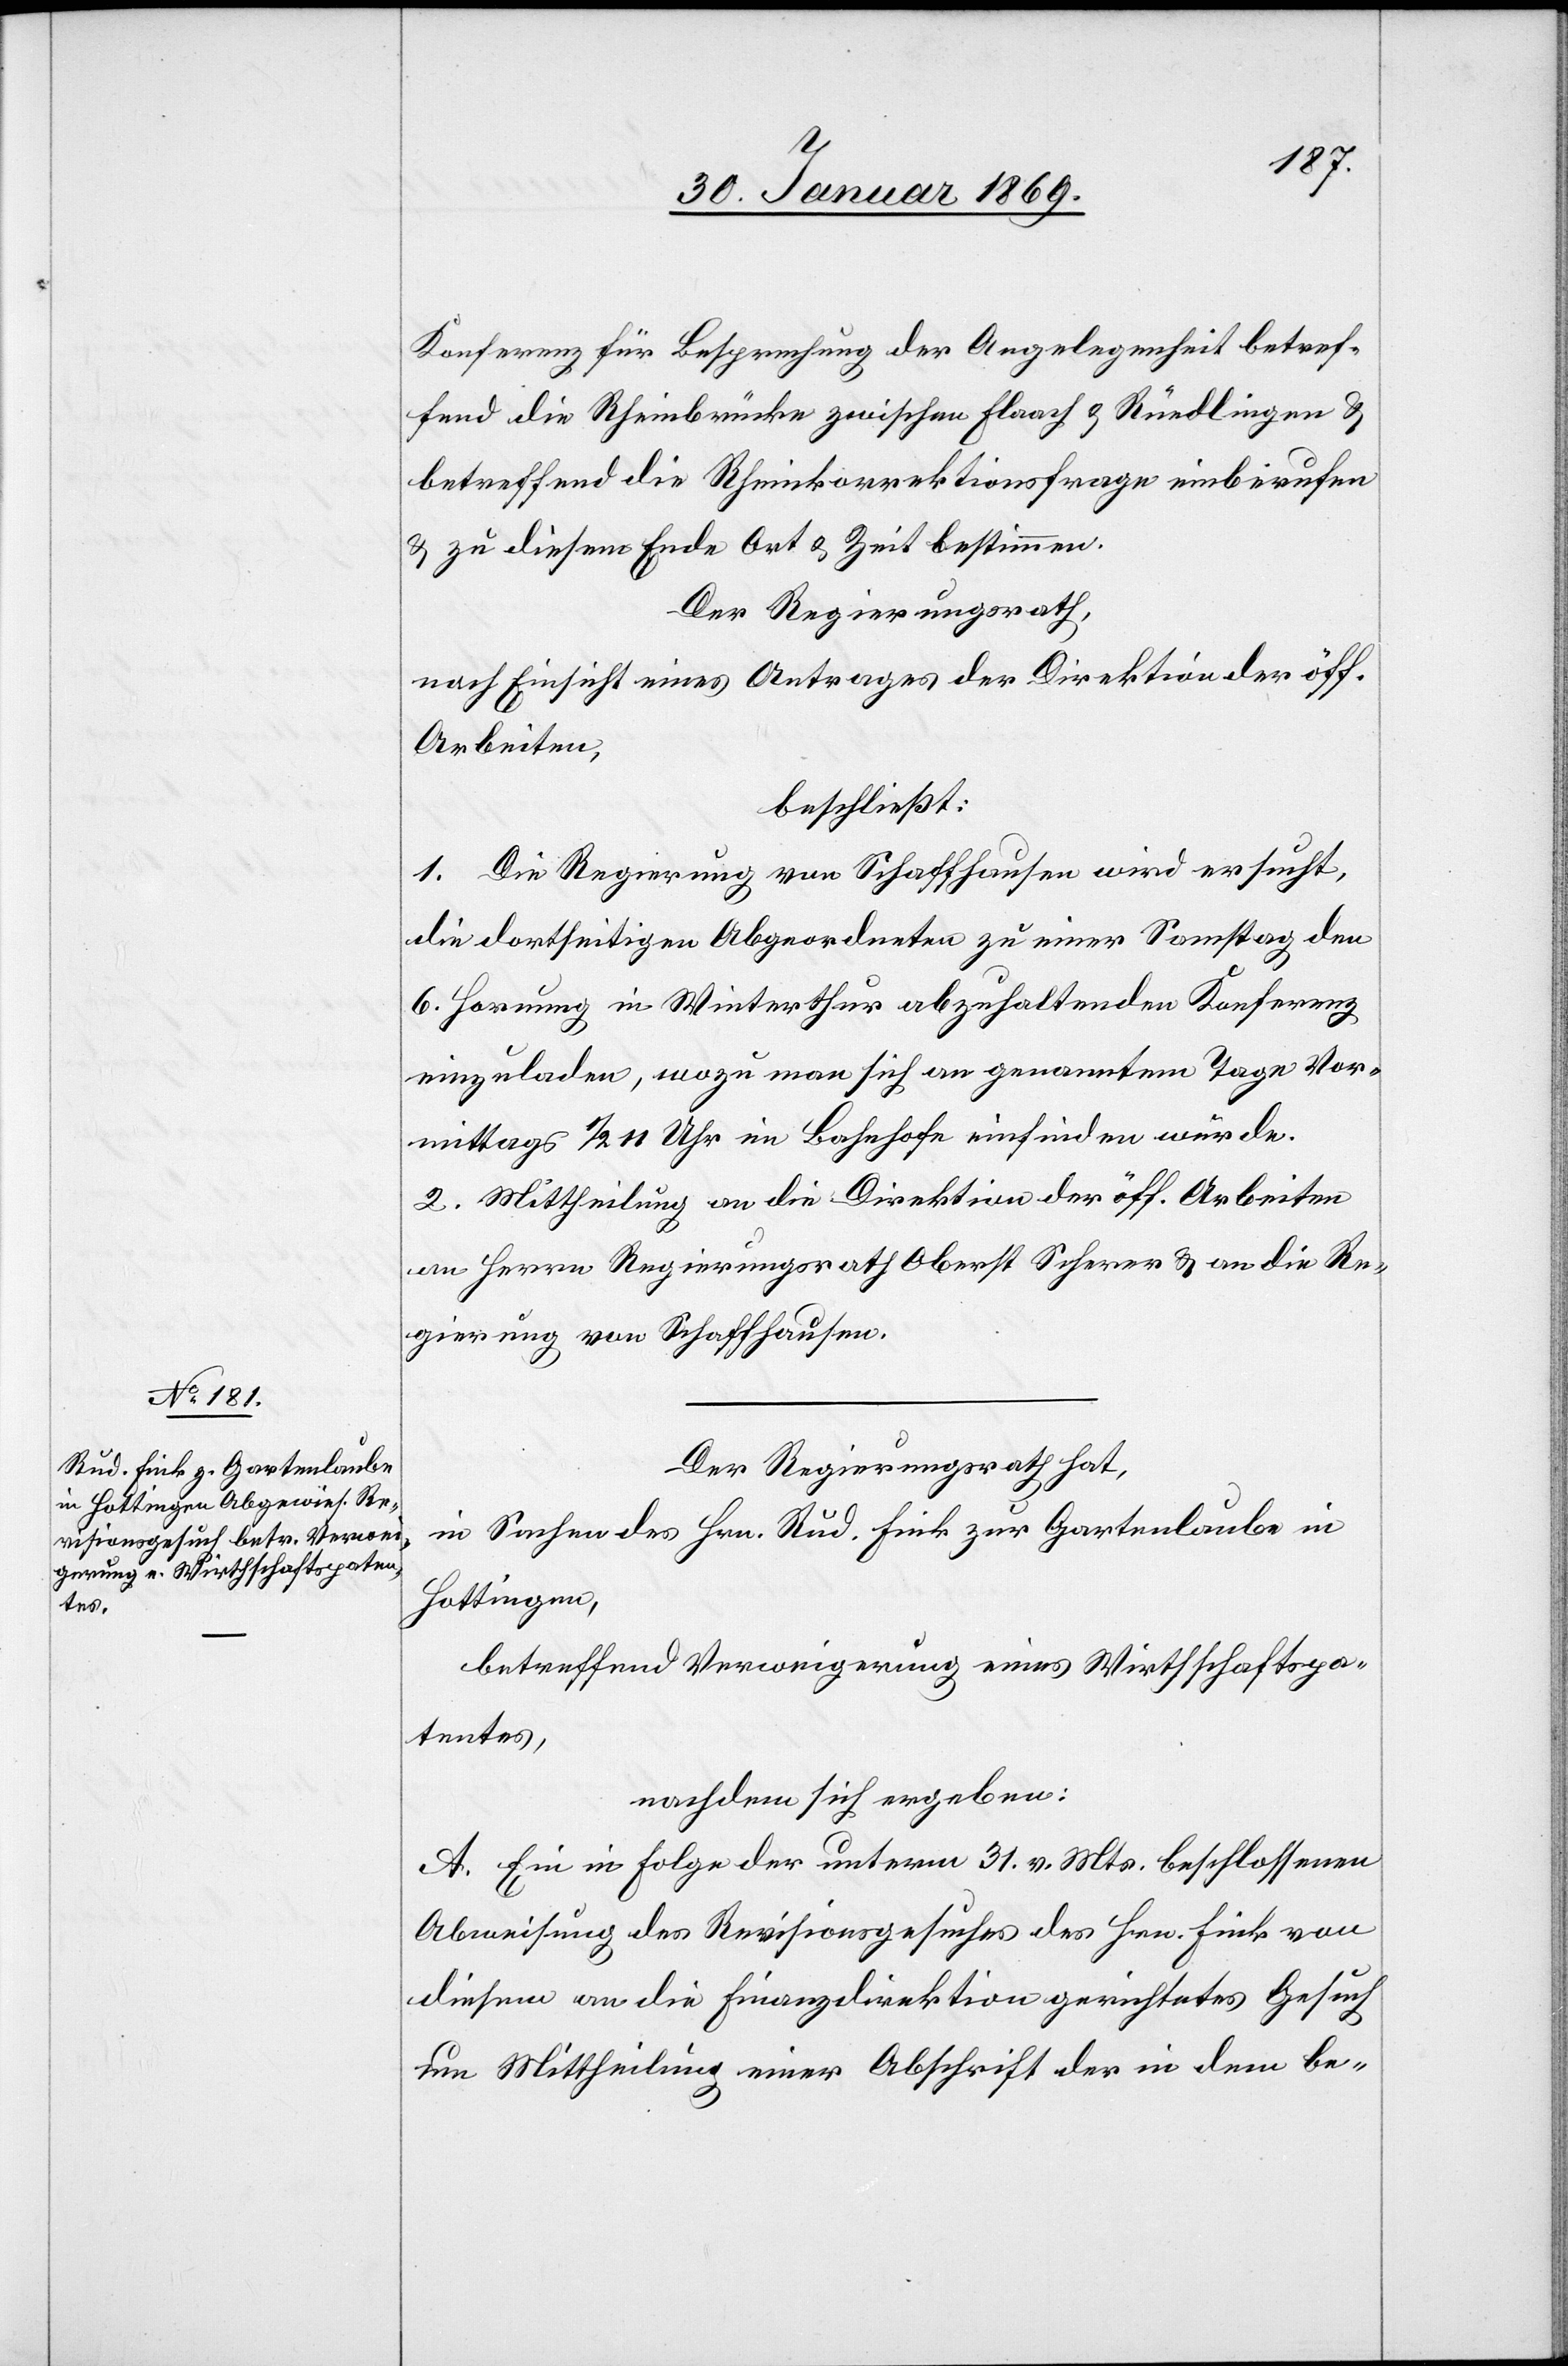
Konferenz für Besprechung der Angelegenheit betref¬
fend die Rheinbrücke zwischen Flaach u. Rüedlingen u.
betreffend die Rheinkorrektionsfrage einberufen
u. zu diesem Ende Art u. Zeit bestimmen.
Der Regierungsrath,
nach Einsicht eines Antrages der Direktion der öff.
Arbeiten,
beschließt:
1. Die Regierung von Schaffhausen wird ersucht,
die dortseitigen Abgeordneten zu einer Samstag den
6. Hornung in Winterthur abzuhaltenden Konferenz
einzuladen, wozu man sich an genanntem Tage Vor¬
mittags 1/2 11 Uhr im Bahnhofe einfinden würde.
2. Mittheilung an die Direktion der öff. Arbeiten
an Herrn Regierungsrath Oberst Scherer u. an die Re¬
gierung von Schaffhausen.
Der Regierungsrath hat,
in Sachen des Hrn. Rud. Fink zur Gartenlaube in
Hottingen,
betreffend Verweigerung eines Wirthschaftspa¬
tentes,
nachdem sich ergeben:
A. Ein in Folge der unterm 31. v. Mts. beschlossenen
Abweisung des Revisionsgesuches des Hrn. Fink von
diesem an die Finanzdirektion gerichtetes Gesuch
um Mittheilung einer Abschrift der in dem be-